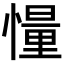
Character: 𪬨